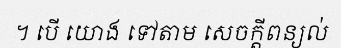
។ បើ យោង ទៅតាម សេចក្តីពន្យល់